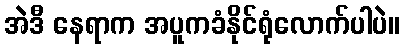
အဲဒီ နေရာက အပူကခံနိုင်ရုံလောက်ပါပဲ။